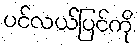
ပင်လယ်ပြင်ကို